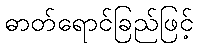
ဓာတ်ရောင်ခြည်ဖြင့်